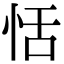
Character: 恬